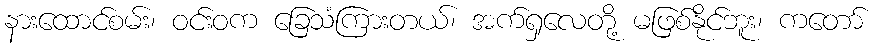
နားထောင်စမ်း၊ ဝင်းဝက ခြေသံကြားတယ်၊ အက်ရှလေတို့ မဖြစ်နိုင်ဘူး၊ ကတော်